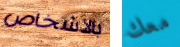
بالأشخاص معك